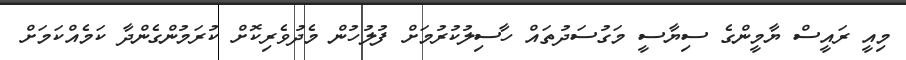
މިއީ ރައީސް ޔާމީންގެ ސިޔާސީ މަގުސަދުތައް ހާސިލުކުރުމަށް ފުލުހުން މެދުވެރިކޮށް ކުރަމުންގެންދާ ކަމެއްކަމަށް